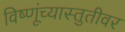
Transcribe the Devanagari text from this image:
विष्णूंच्यास्तुतीवर